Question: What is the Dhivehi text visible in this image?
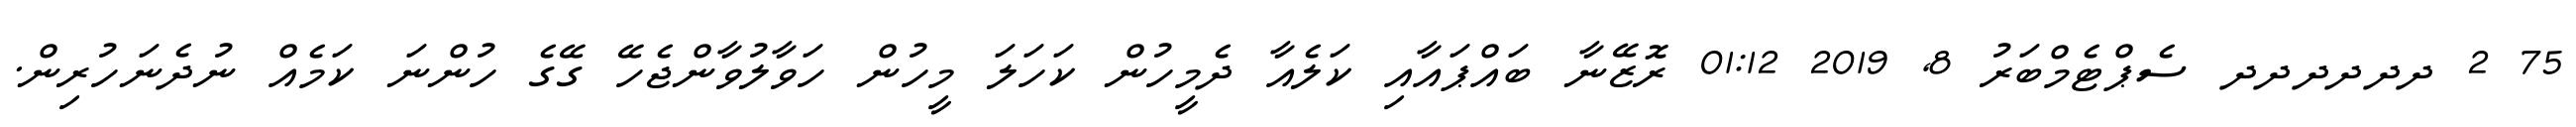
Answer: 75 2 ދދދދދދ ސެޕްޓެމްބަރު 8, 2019 01:12 ރޮޒޭނާ ބައްޕައާއި ކަލެއާ ދެމީހުން ކަހަލަ މީހުން ހަވާލުވާންޖެހޭ ގޭގެ ހުންނަ ކަމެއް ނުދެނަހުރިން.